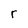
Character: r